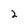
Character: 2